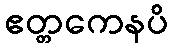
ဧတ္တကေနပိ